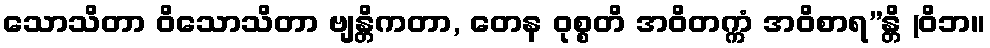
သောသိတာ ဝိသောသိတာ ဗျန္တိကတာ, တေန ဝုစ္စတိ အဝိတက္ကံ အဝိစာရ”န္တိ (ဝိဘ။